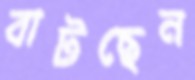
বাটছেন